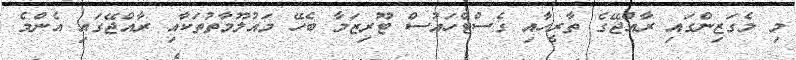
މި މެގަޒިންގައި ރާއްޖޭގެ ތާރީހާއި ގެސްޓްހައުސް ޓޫރިޒަމާ ބެހޭ މައުލޫމާތުތަކާއި ރާއްޖޭގައި އެންމެ